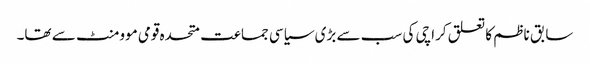
سابق ناظم کا تعلق کراچی کی سب سے بڑی سیاسی جماعت متحدہ قومی موومنٹ سے تھا۔